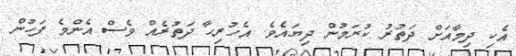
އެކި ދިމާއަށް ދަތުރު ކުރަމުން ދިޔައެވެ. އެހުރިހާ ދަތުރެއް ވެސް އެންމެ ފަހުން